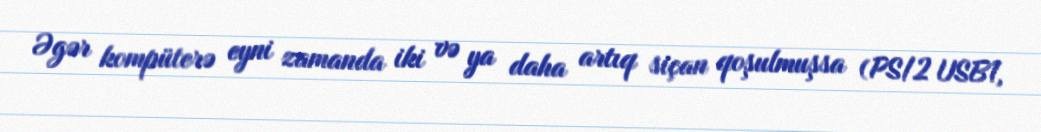
Əgər kompüterə eyni zamanda iki və ya daha artıq siçan qoşulmuşsa (PS/2 USB1,